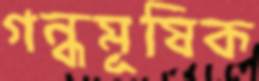
গন্ধমূষিক